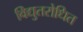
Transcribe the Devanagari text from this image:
विद्युतरोधित